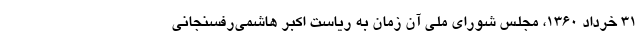
۳۱ خرداد ۱۳۶۰، مجلس شورای ملی آن زمان به ریاست اکبر هاشمی‌رفسنجانی